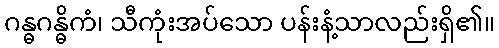
ဂန္ဓဂန္ဓိကံ၊ သီကုံးအပ်သော ပန်းနံ့သာလည်းရှိ၏။